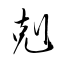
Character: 剋